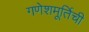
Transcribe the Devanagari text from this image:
गणेशमूर्तिची